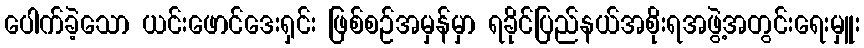
ပေါက်ခဲ့သော ယင်းဖောင်ဒေးရှင်း ဖြစ်စဉ်အမှန်မှာ ရခိုင်ပြည်နယ်အစိုးရအဖွဲ့အတွင်းရေးမှူး